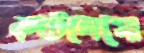
কাটলেগো